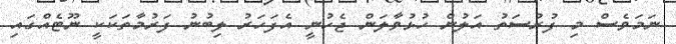
ނަމަވެސް މި ފުރުސަތު އަލުން ހުޅުވާލަން ޖެހުނީ އެފަހަރު ލިބުނު ފަރުމާތަކަކީ ނޫޓެއްގައި